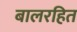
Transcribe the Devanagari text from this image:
बालरहित